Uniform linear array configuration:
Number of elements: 32
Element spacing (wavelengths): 0.25
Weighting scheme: binomial
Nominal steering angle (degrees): -60
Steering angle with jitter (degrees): -59.086
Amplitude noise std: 0.05
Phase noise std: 0.05

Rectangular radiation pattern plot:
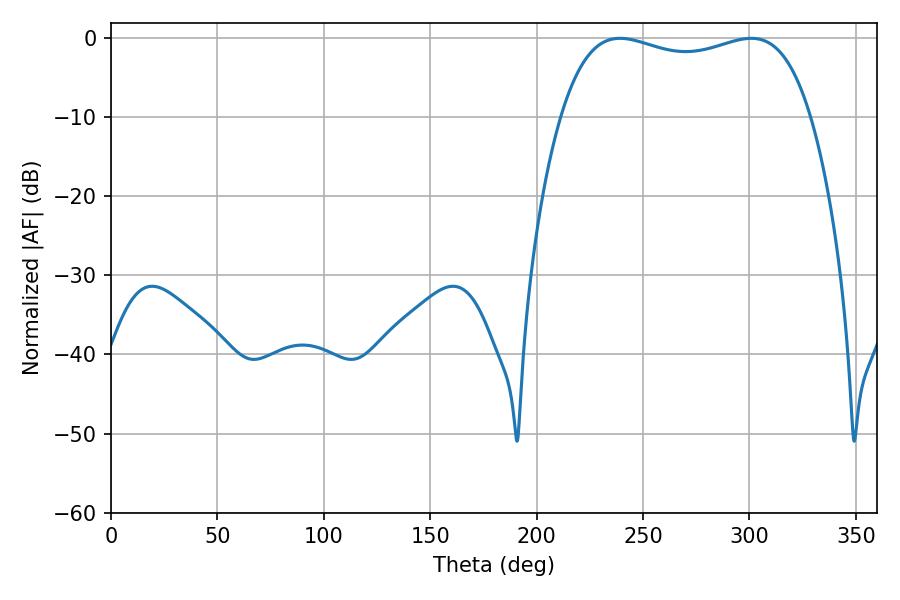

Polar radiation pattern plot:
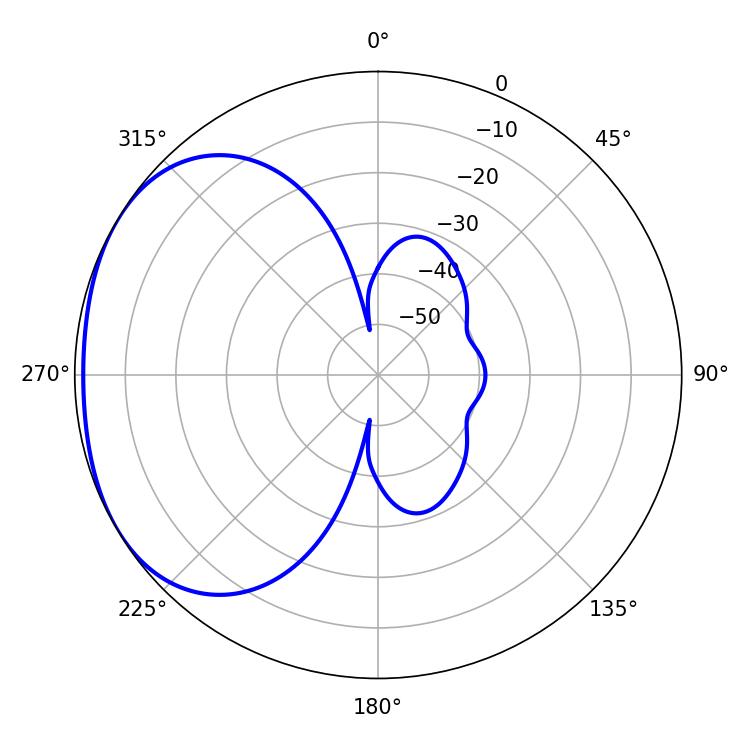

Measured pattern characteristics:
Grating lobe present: FALSE
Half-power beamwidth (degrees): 95.76
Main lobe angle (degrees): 239.22